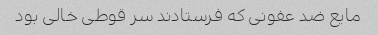
مایع ضد عفونی که فرستادند سر قوطی خالی بود